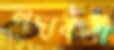
পদাবলী